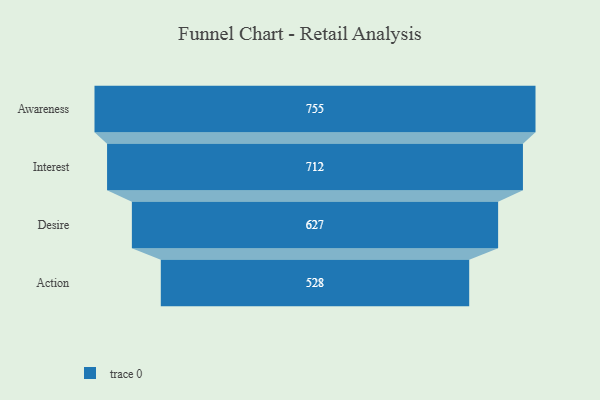
{"axis": {"x": "Stage", "y": "Value"}, "legend": [""], "data": [{"x": "Awareness", "y": 755.0, "type": ""}, {"x": "Interest", "y": 712.0, "type": ""}, {"x": "Desire", "y": 627.0, "type": ""}, {"x": "Action", "y": 528.0, "type": ""}]}